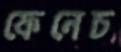
ফেনেচ